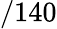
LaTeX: /140